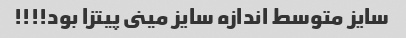
سایز متوسط اندازه سایز مینى پیتزا بود!!!!